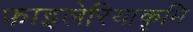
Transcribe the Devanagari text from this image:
फाइलेरियाकृमि